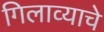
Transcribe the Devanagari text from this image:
गिलाव्याचे